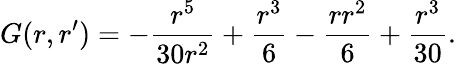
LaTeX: G(r,r^{\prime})=-\frac{r^{5}}{30r^{2}}+\frac{r^{3}}{6}-\frac{rr^{2}}{6}+\frac{r^{3}}{30}.